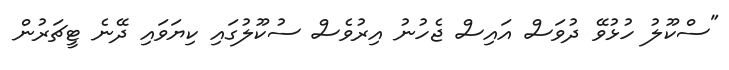
"ސްކޫލު ހުޅުވޭ ދުވަސް އައިސް ޖެހުނު އިރުވެސް ސުކޫލުގައި ކިޔަވައި ދޭނެ ޓީޗަރުން